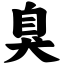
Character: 臭